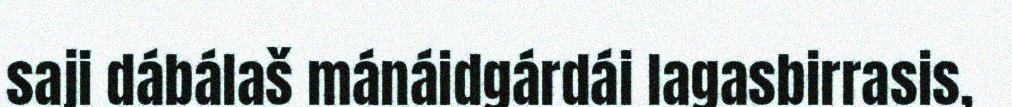
saji dábálaš mánáidgárdái lagasbirrasis,